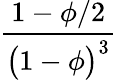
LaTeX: \displaystyle\frac{1-\phi/2}{\bigl(1-\phi\bigr)^{3}}